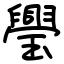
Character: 璺